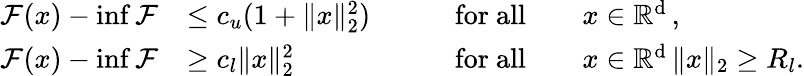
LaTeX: \begin{array}{rlrl}{\mathcal{F}(x)-\operatorname*{inf}\mathcal{F}}&{\leq c_{u}(1+\| x\| _{2}^{2})\qquad}&{\mathrm{for~all}\quad}&{x\in\mathbb R^{\textup{d}}\, ,}\\ {\mathcal{F}(x)-\operatorname*{inf}\mathcal{F}}&{\geq c_{l}\| x\| _{2}^{2}\qquad}&{\mathrm{for~all}\quad}&{x\in\mathbb R^{\textup{d}}\, \| x\| _{2}\geq R_{l}.}\end{array}